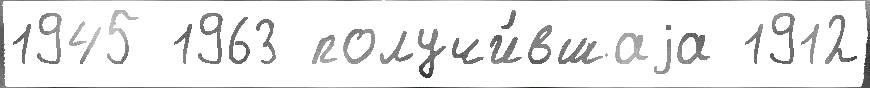
1945 1963 получи́вшаjа 1912